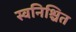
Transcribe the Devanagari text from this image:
स्वनिश्चित